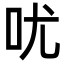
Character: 㕱